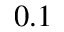
0 . 1